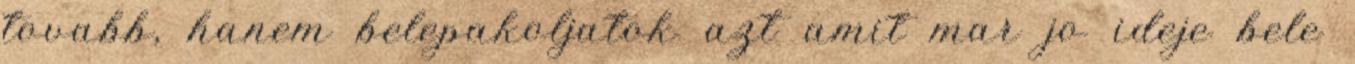
tovabb, hanem belepakoljatok azt amit mar jo ideje bele